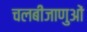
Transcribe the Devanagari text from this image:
चलबीजाणुओं